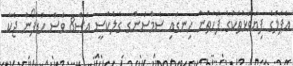
އެޕަލްގެ ފިޔަވަޅުތަކުގެ ފަހަތުން ހިނގައި ސެމްސަންގ ގެލެކްސީ އެސް8 ވެސް ހެޑްފޯނު ޖެކާ